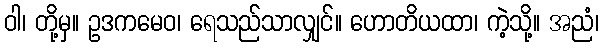
ဝါ၊ တို့မှ။ ဥဒကမေဝ၊ ရေသည်သာလျှင်။ ဟောတိယထာ၊ ကဲ့သို့။ အညံ၊